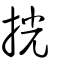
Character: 挄